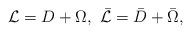
LaTeX: \begin{align*}{\cal L}=D+\Omega,\,\, \bar{\cal L}=\bar D+\bar\Omega,\end{align*}